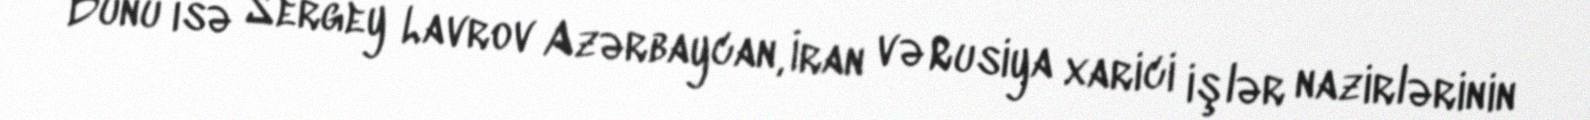
Bunu isə Sergey Lavrov Azərbaycan, İran və Rusiya xarici işlər nazirlərinin